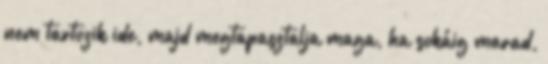
nem tartozik ide, majd megtapasztalja maga, ha sokáig marad,